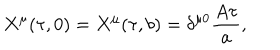
LaTeX: X ^ { \mu } ( \tau , 0 ) = X ^ { \mu } ( \tau , b ) = \delta ^ { \mu 0 } { \frac { A \tau } { a } } ,